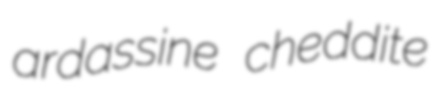
ardassine cheddite